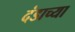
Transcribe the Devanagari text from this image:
दंडाच्या